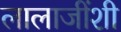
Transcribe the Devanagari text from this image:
लालाजींशी